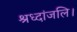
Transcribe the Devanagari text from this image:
श्रध्दांजलि।